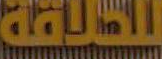
للحلاقة